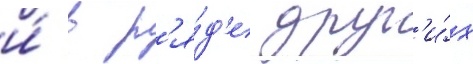
и́ в р'я́д'е друг'и́х